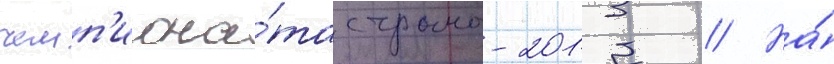
чемп'иона́та страны-2013 // На́